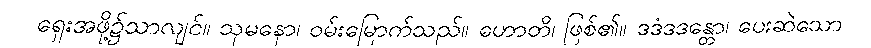
ရှေးအဖို့၌သာလျင်။ သုမနော၊ ဝမ်းမြောက်သည်။ ဟောတိ၊ ဖြစ်၏။ ဒဒံဒဒန္တော၊ ပေးဆဲသော